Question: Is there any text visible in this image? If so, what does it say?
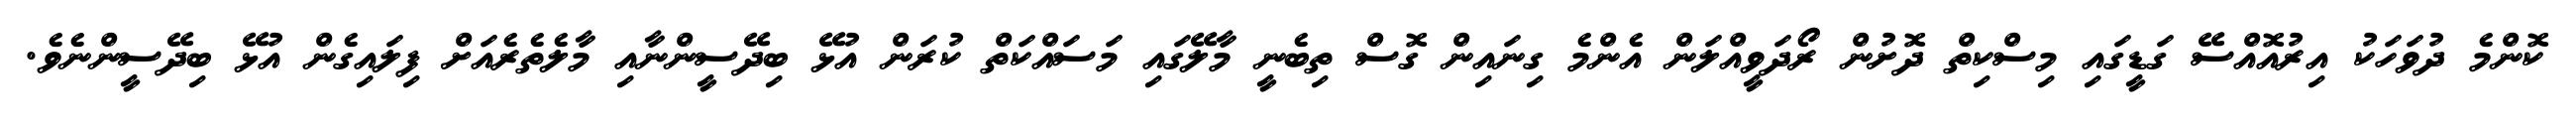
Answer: ކޮންމެ ދުވަހަކު އިރުއޮއްސޭ ގަޑީގައި މިސްކިތް ދޮށުން ރޯދަވީއްލަން އެންމެ ގިނައިން ގޮސް ތިބެނީ މާލޭގައި މަސައްކަތް ކުރަން އުޅޭ ބިދޭސީންނާއި މާލެތެރެއަށް ފިލައިގެން އުޅޭ ބިދޭސީންނެވެ.